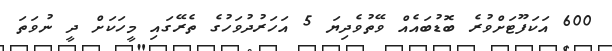
600 އަކަފޫޓަށްވުރެ ބޮޑުބައެއް ވޭތުވެދިޔަ 5 އަހަރުދުވަހުގެ ތެރޭގައި މީހަކަށް ދީ ނުވަތަ